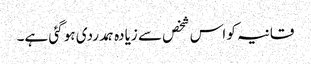
قانیہ کو اس شخص سے زیادہ ہمدردی ہو گئی ہے۔